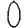
Digit: 0